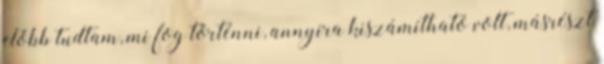
előbb tudtam, mi fog történni, annyira kiszámítható volt, másrészt